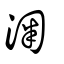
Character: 淗